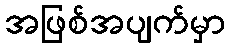
အဖြစ်အပျက်မှာ